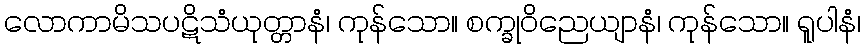
လောကာမိသပဋိသံယုတ္တာနံ၊ ကုန်သော။ စက္ခုဝိညေယျာနံ၊ ကုန်သော။ ရူပါနံ၊